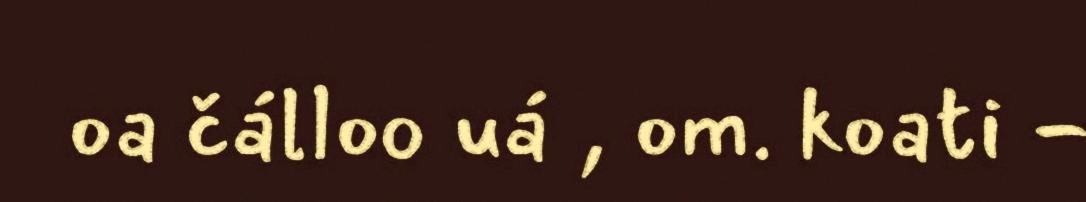
oa čálloo uá , om. koati -